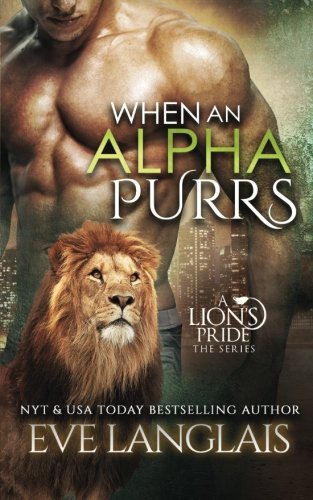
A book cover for When An Alpha Purrs (A Lion's Pride) (Volume 1); Eve Langlais; Romance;